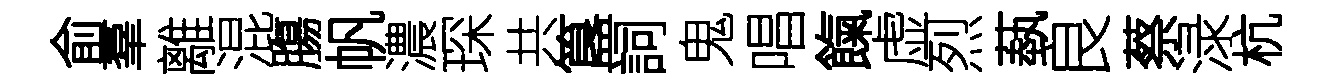
俞羣離混膓帆濃琛共簋詞鬼唱餼虚烈蓺良蔡渌杭